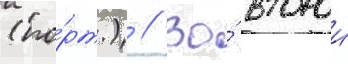
(по́рт.) // Во́ второи